Civil Veterinary Dept. Bombay admin report 1907-1913 - 1907-1913
Year: 1907
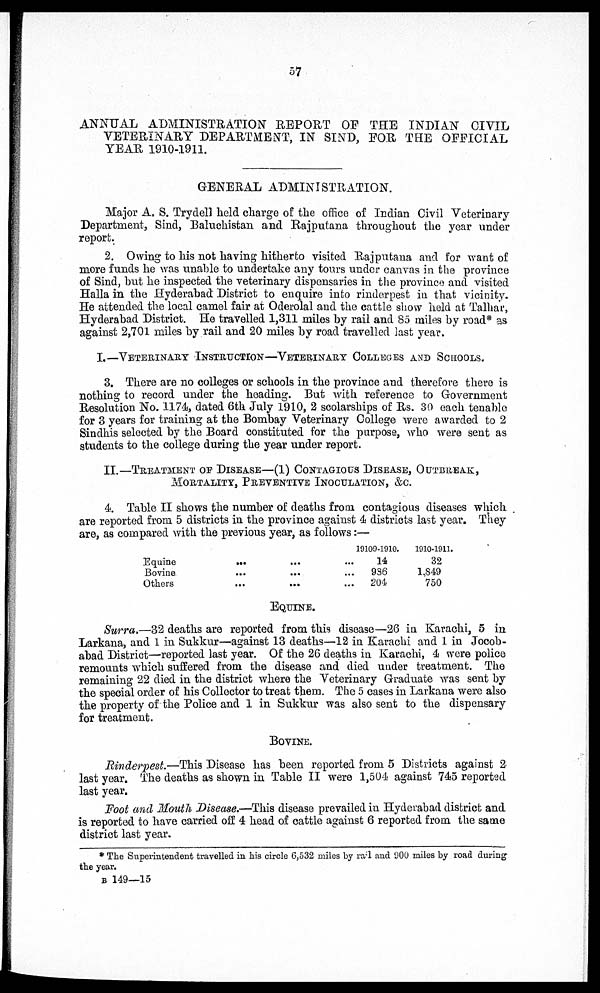
57
ANNUAL ADMINISTRATION REPORT OF THE INDIAN CIVIL
VETERINARY DEPARTMENT, IN SIND, FOR THE OFFICIAL
YEAR 1910-1911.
GENERAL ADMINISTRATION.
Major A. S. Trydell held charge of the office of Indian Civil Veterinary
Department, Sind, Baluchistan and Rajpulana throughout the year under
report.
2. Owing to his not having hitherto visited Rajputana and for want of
more funds he was unable to undertake any tours under canvas in the province
of Sind, but he inspected the veterinary dispensaries in the province and visited
Halla in the Hyderabad District to enquire into rinderpest in that vicinity.
He attended the local camel fair at Oderolal and the cattle show held at Talhar,
Hyderabad District. He travelled 1,311 miles by rail and 85 miles by road* as
against 2,701 miles by rail and 20 miles by road travelled last year.
I—VETERINARY INSTRUCTION—VETERINARY COLLEGES AND SCHOOLS.
3. There are no colleges or schools in the province and therefore there is
nothing to record under the heading. But with reference to Government
Resolution No. 1174, dated 6th July 1910, 2 scolarships of Rs. 30 each tenable
for 3 years for training at the Bombay Veterinary College were awarded to 2
Sindhis selected by the Board constituted for the purpose, who were sent as
students to the college during the year under report.
II.—TREATMENT OF DISEASE—(1) CONTAGIOUS DISEASE, OUTBREAK,
MORTALITY, PREVENTION INOCULATION, &C.
4. Table II shows the number of deaths from contagious diseases which
are reported from 5 districts in the province against 4 districts last year. They
are, as compared with the previous year, as follows:—
Equine
Bovine
Others
...
...
...
...
...
...
19109-1910.
... 14
... 936
... 204
1910-1911.
32
1,849
750
EQUINE.
Surra.—32 deaths are reported from thi9 disease—26 in Karachi, 5 in
Larkana, and 1 in Sukkur—against 13 deaths—12 in Karachi and 1 in Jocob-
abad District—reported last year. Of the 26 deaths in Karachi, 4 were police
remounts which suffered from the disease and died under treatment. The
remaining 22 died in the district where the Veterinary Graduate was sent by
the special order of his Collector to treat them. The 5 cases in Larkana were also
the property of the Police and 1 in Sukkur was also sent to the dispensary
for treatment.
BOVINE.
Rinderpest.—This Disease has been reported from 5 Districts against 2
last year. The deaths as shown in Table II were 1,504 against 745 reported
last year.
Foot and Mouth Disease.—This disease prevailed in Hyderabad district and
is reported to have carried off 4 head of cattle against 6 reported from the same
district last year.
*The Superintendent travelled in his circle 6,532 miles by rail and 900 miles by road during
the year.
B 149—15